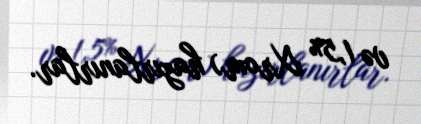
və 1,5% Xrom) hazırlanırlar.